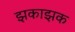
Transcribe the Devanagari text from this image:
झकाझक